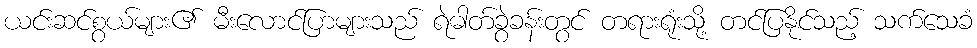
ယင်းဆင်စွယ်များ၏ မီးလောင်ပြာများသည် ရဲဓါတ်ခွဲခန်းတွင် တရားရုံးသို့ တင်ပြနိုင်သည့် သက်သေခံ